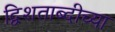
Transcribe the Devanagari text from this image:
द्विशताब्दीच्या